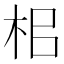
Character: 㭒